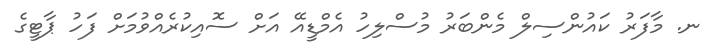
ނ. މާފަރު ކައުންސިލް މެންބަރު މުސްލިހު އެމްޑީއޭ އަށް ސޮއިކުރެއްވުމަށް ފަހު ޕާޓީގެ